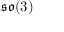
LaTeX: { \mathfrak { s o } } ( 3 )